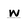
Character: w